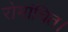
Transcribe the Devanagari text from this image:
रोमांचित।